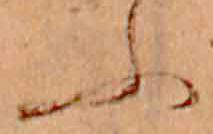
ふ